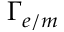
\Gamma _ { e / m }